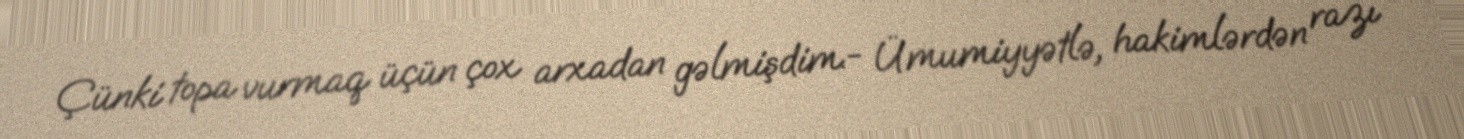
Çünki topa vurmaq üçün çox arxadan gəlmişdim.- Ümumiyyətlə, hakimlərdən razı